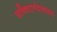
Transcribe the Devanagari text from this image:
सच्चिदानंदस्वरूप